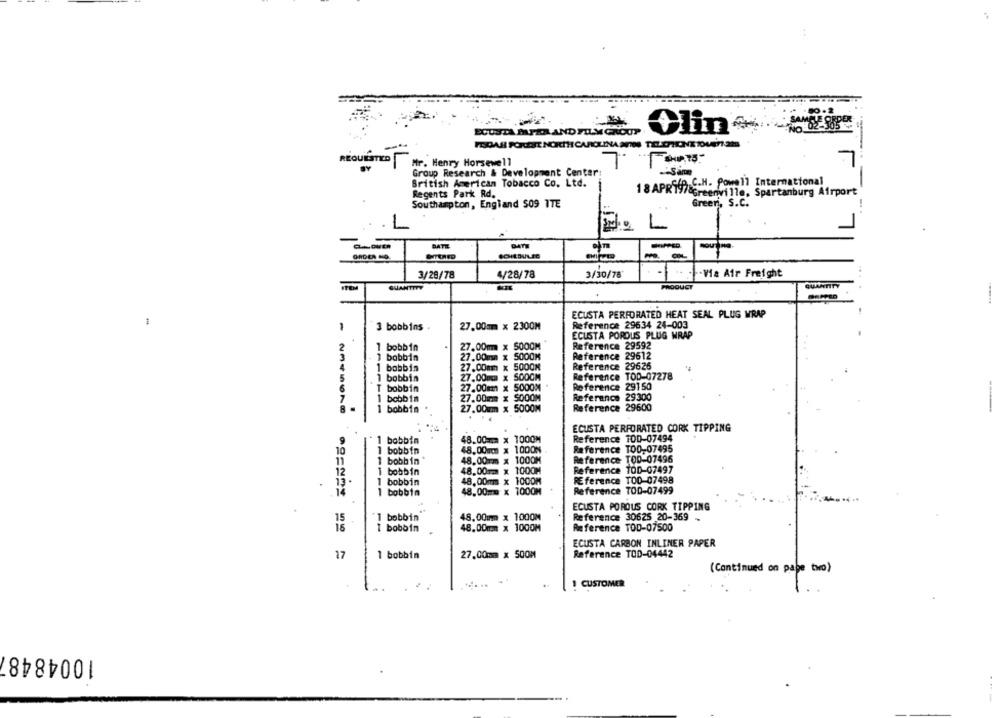
ECUSTA PAPER AND FUL-M GROUP.
Mr. Henry Horsewell
Group Research & Development Center
British American Tobacco Co. Ltd.
69 C.H. Powell International
Regents Park Rd.
1 8 APR197&Greenville, Spartanburg Airport
Southampton, England 509 TTE
Green, S.C.
DATE
DATE
Ån
3/30/78*
3/28/78
4/28/78
·Via Air Freight
QUANTITY
PRODUCT
QUANTITY
ECUSTA PERFORATED HEAT SEAL PLUG WRAP
3 bobbins
27.00mm × 2300M
Reference 29634 24-003
ECUSTA POROUS PLUG WRAP
27.00m
x 5000M
Reference 29592
2
1 bobbin
3
- 1 bobbin
27.00m
5000M
Reference 29612
1 bobbin
27.00mm
5000M
Reference 29626
4
5
1 bobbin
27.00mg
SODOM
Reference TOD-07278
T bobbin
27.00mm
x 5000M
Reference 29150
1 bobbin
27.00mm x 5000M
Reference
29300
1 bobbin
27.00um
x 5000M
Reference 29600
--
ECUSTA PERFORATED CORK TIPPING
x 100OM
Reference 100-07494
1 bobbin
48.00 ==
10
1 bobbin
48.00mc
1000N
Reference TO0, 07495
48.00
1000M
Reference TOD-07496
11
1 bobbin
12
1 bobbin
48.00m
1000M
Reference 10D-07497
48.00mm
RE ference TOD-07498
13 .
1 bobbin
14
1 bobbin
48.00m
Reference TOD-07499
ECUSTA POROUS CORK TIPPING
bobbin
48.00mm × 1000M
Reference 30625 20-369
15
16
I bobbin
48.00mm × 1000M
Reference TOD-07500
ECUSTA CARBON INLINER PAPER
17
1 bobbin
27.00mm x 500M
Reference TOD-04442
(Continued on pape two)
CUSTOMER
10048487